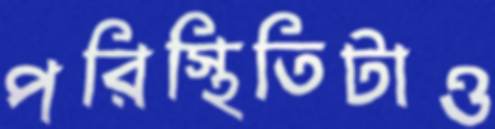
পরিস্থিতিটাও